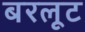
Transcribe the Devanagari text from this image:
बरलूट